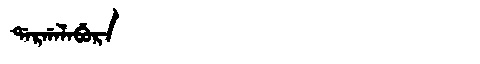
Manchu: ᡩᠠᡵᡤᠠᠯᠠᠪᡠᡵᠠ
Romanization: DARGALABURA